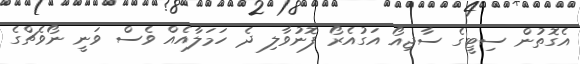
އެގޮތުން ސިޓީގެ ސާޖިއޯ އަގުއެރޯ ފޮނުވާލި ދެ ހަމަލާއެއް ވެސް ވަނީ ނޯވެޗްގެ